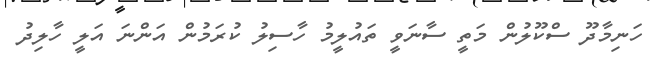
ހަނިމާދޫ ސްކޫލުން މަތީ ސާނަވީ ތައުލީމު ހާސިލު ކުރަމުން އަންނަ އަލީ ހާލިދު